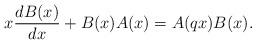
LaTeX: \begin{align*}x\frac{d B(x)}{d x} + B(x) A(x) = A(qx) B(x). \end{align*}